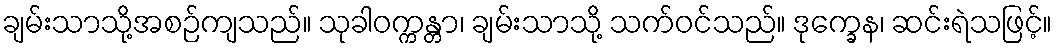
ချမ်းသာသို့အစဉ်ကျသည်။ သုခါဝက္ကန္တာ၊ ချမ်းသာသို့ သက်ဝင်သည်။ ဒုက္ခေန၊ ဆင်းရဲသဖြင့်။